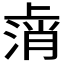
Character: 𫠸